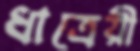
ধাত্রেয়ী